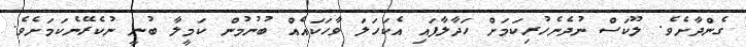
ގެންދާށެވެ. ލޫކަސް ނުދެނެހުރިކަމަށް ހަދާލާފައި އެކަހަލަ ވާހަކައެއް ބުނުމުން ކަމީލާ ބުނީ ނުކެރޭނެކަމަށެވެ.